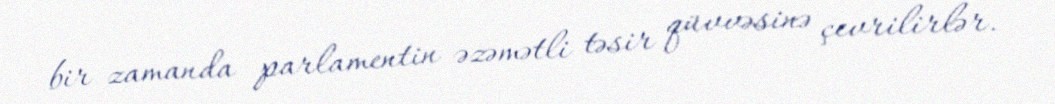
bir zamanda parlamentin əzəmətli təsir qüvvəsinə çevrilirlər.